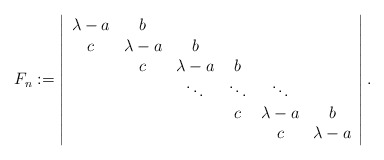
\begin{align*}F_{n}:=\left\vert \begin{array}{cccccc}\lambda -a & b & & & & \\ c & \lambda -a & b & & & \\ & c & \lambda -a & b & & \\ & & \ddots & \ddots & \ddots & \\ & & & c & \lambda -a & b \\ & & & & c & \lambda -a\end{array}\right\vert . \end{align*}